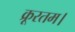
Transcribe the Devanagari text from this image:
क्रूरतम।